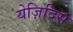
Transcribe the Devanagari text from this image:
येज़िदिस